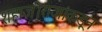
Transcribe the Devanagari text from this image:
शहाजीराजांकडून